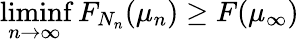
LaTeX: \operatorname*{liminf}_{n\to\infty}F_{N_{n}}(\mu_{n})\geq F(\mu_{\infty})